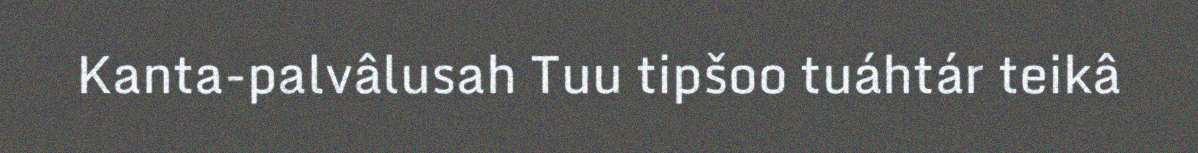
Kanta-palvâlusah Tuu tipšoo tuáhtár teikâ